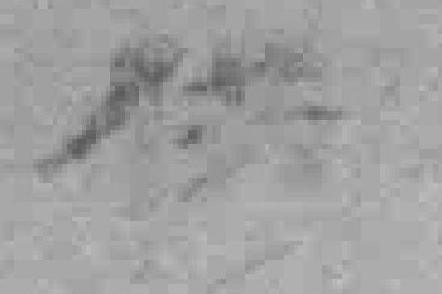
供